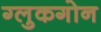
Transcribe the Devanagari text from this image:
ग्लुकगोन